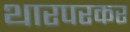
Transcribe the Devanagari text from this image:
थारपरकर